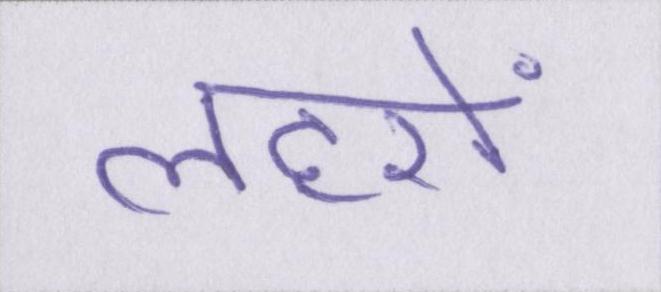
लहरों